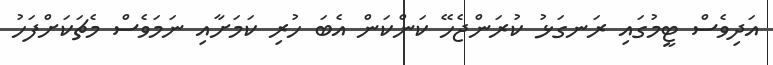
އަދިވެސް ޓީމުގައި ރަނގަޅު ކުރަންޖެހޭ ކަންކަން އެބަ ހުރި ކަމަށާއި ނަމަވެސް މެޗަކަށްފަހު